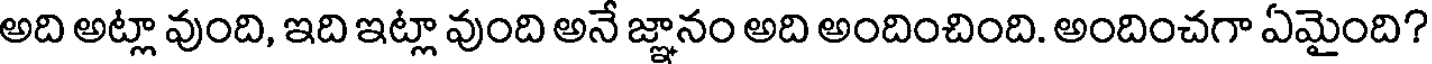
అది అట్లా వుంది, ఇది ఇట్లా వుంది అనే జ్ఞానం అది అందించింది. అందించగా ఏమైంది?